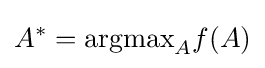
A^{*}={\mbox{argmax}}_{A}f(A)